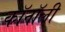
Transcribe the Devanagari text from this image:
कॉनॉली